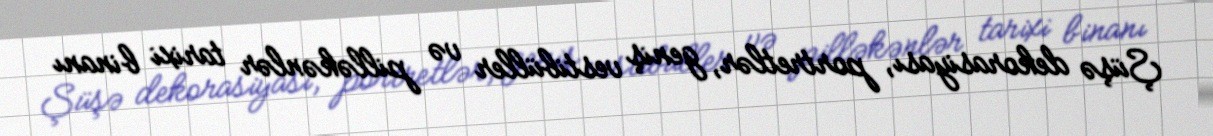
Şüşə dekorasiyası, portretlər, geniş vestibüller və pilləkənlər tarixi binanı